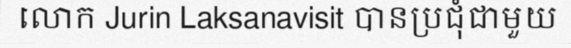
លោក Jurin Laksanavisit បានប្រជុំជាមួយ